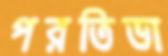
পরতিভা